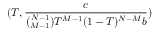
( T , \frac { c } { \binom { N - 1 } { M - 1 } T ^ { M - 1 } ( 1 - T ) ^ { N - M } b } )